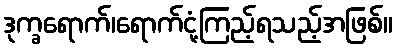
ဒုက္ခရောက်၊ရောက်ငုံ့ကြည့်ရသည့်အဖြစ်။